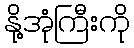
နို့အုံကြီးကို